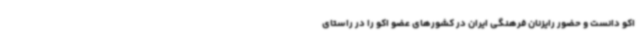
اکو دانست و حضور رایزنان فرهنگی ایران در کشورهای عضو اکو را در راستای